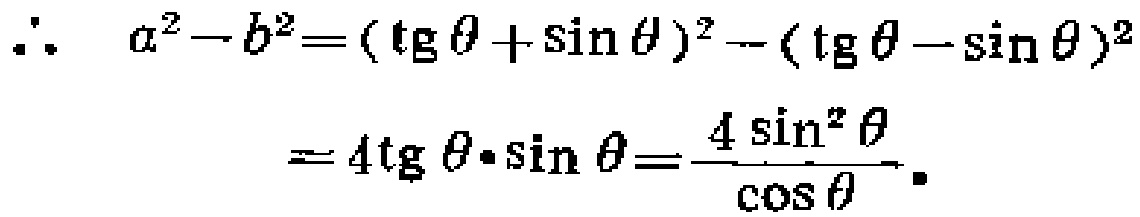
\[\begin{align*}
\therefore\ a^{2}-b^{2}&=(\operatorname{tg}\theta+\sin\theta)^{2}-(\operatorname{tg}\theta - \sin\theta)^{2}\\
&=4\operatorname{tg}\theta\cdot\sin\theta=\frac{4\sin^{2}\theta}{\cos\theta}.
\end{align*}\]